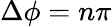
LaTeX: \Delta\phi=n\pi